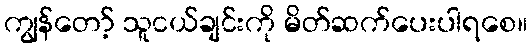
ကျွန်တော့် သူငယ်ချင်းကို မိတ်ဆက်ပေးပါရစေ။